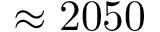
\approx 2 0 5 0